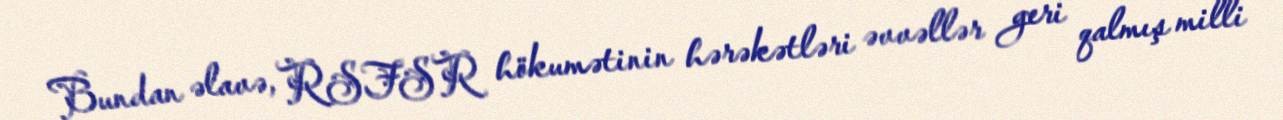
Bundan əlavə, RSFSR hökumətinin hərəkətləri əvvəllər geri qalmış milli